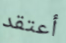
أعتقد